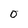
Character: 0